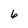
Character: 6